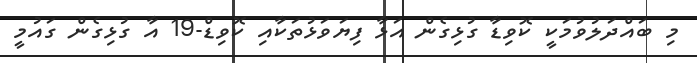
މި ބައްދަލުވުމަކީ ކޮވިޑާ ގުޅިގެން އަޅާ ފިޔަވަޅުތަކާއި ކޮވިޑް-19 އާ ގުޅިގެން ގައުމީ